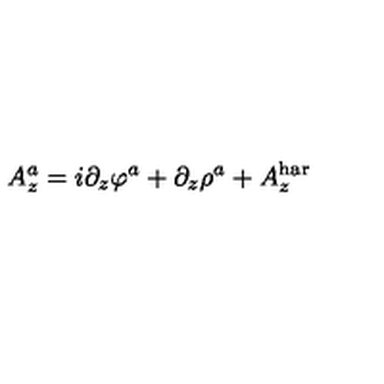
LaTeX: A _ { z } ^ { a } = i \partial _ { z } \varphi ^ { a } + \partial _ { z } \rho ^ { a } + A _ { z } ^ { \mathrm { h a r } }